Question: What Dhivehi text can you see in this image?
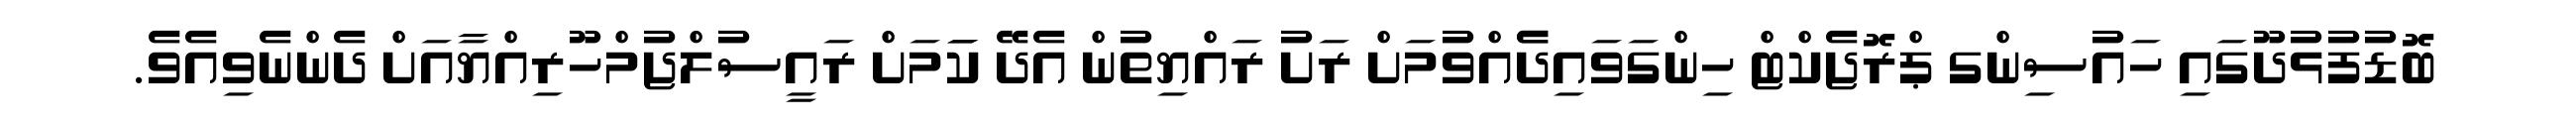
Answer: ބޮޑުފުޅުދޫގައި ހައުސިންގ ޕްރޮޖެކްޓް ހިންގަވައިދެެއްވުމަށް ރަށު ރައްޔިތުން އެދޭ ކަަމަށް ރައީސުލްޖުމްހޫރިއްޔާއަށް ދެންނެވިއެވެ.